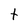
Character: t